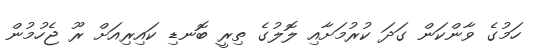
ހަމުގެ ވާންކަން ގަދަ ކުރުމަށާއި ލޮލުގެ ތިރީ ބޮނޑި ކައިރިއަށް ރޫ ޖެހުމުން